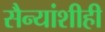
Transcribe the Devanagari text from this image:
सैन्यांशीही